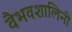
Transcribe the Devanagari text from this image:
वैभवशालिनी